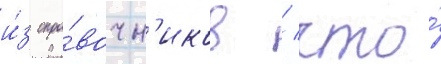
и́з спра́вочн'иков / что́